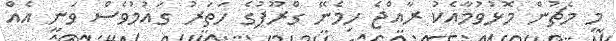
މި މެޗުން މޮޅުވުމާއެކު ރާއްޖެ ހިމެނޭ ގްރޫޕުގެ ހަތަރު ގައުމުވެސް ވަނީ އެއް